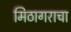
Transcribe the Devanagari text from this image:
मिठागराचा